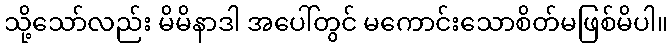
သို့သော်လည်း မိမိနာဒါ အပေါ်တွင် မကောင်းသောစိတ်မဖြစ်မိပါ။